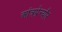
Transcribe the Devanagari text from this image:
आंत्रप्रेन्यौर